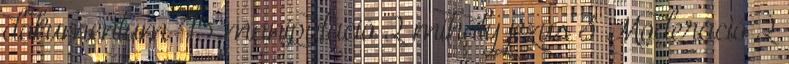
dokumentum 45 manipuláció 2 mihály jézus 3 Moderáció 2